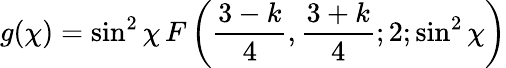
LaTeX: g(\chi)=\sin^{2}{\chi}\, F\left(\frac{3-k}{4},\frac{3+k}{4};2;\sin^{2}{\chi}\right)